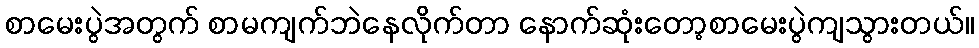
စာမေးပွဲအတွက် စာမကျက်ဘဲနေလိုက်တာ နောက်ဆုံးတော့စာမေးပွဲကျသွားတယ်။